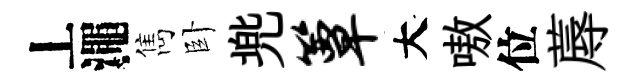
丄澠雋卧兠簟大嗷位蓐